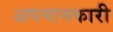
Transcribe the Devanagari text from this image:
अपमानकारी